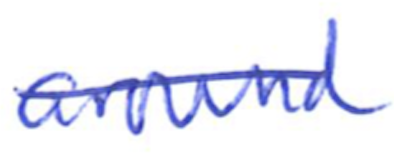
Text: around
Cross-out: mix
Writing tool: ballpoint